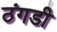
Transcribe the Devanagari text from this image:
ठंगडी